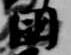
国